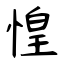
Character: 惶